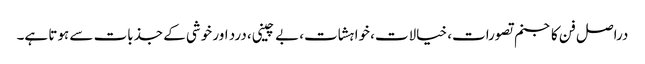
دراصل فن کا جنم تصورات، خیالات، خواہشات، بے چینی، درد اور خوشی کے جذبات سے ہوتا ہے۔